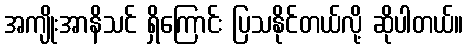
အကျိုးအာနိသင် ရှိကြောင်း ပြသနိုင်တယ်လို့ ဆိုပါတယ်။